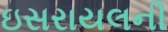
ઇસરાયલની